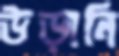
উড়ানি